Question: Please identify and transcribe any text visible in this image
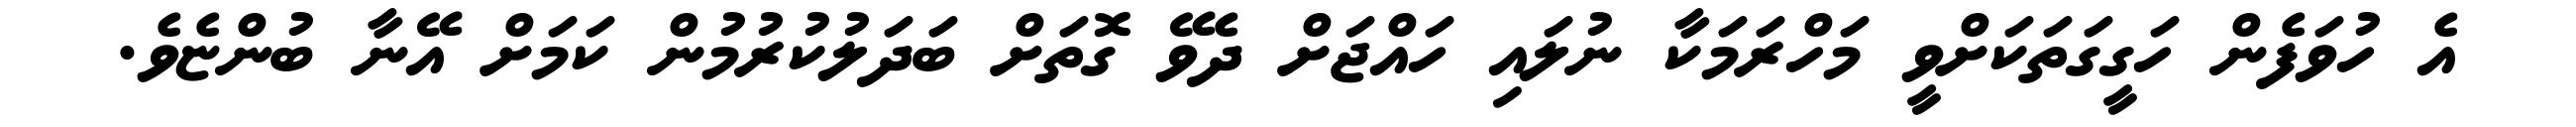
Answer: އެ ހުވަފެން ހަގީގަތަކަށްވީ މަހްރަމަކާ ނުލައި ހައްޖަށް ދެވޭ ގޮތަށް ބަދަލުކުރުމުން ކަމަށް އޭނާ ބުންޏެވެ.